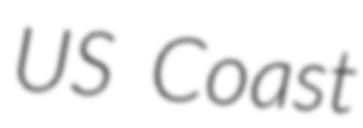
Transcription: US Coast